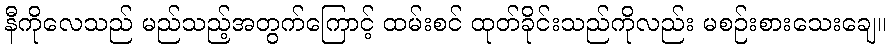
နီကိုလေသည် မည်သည့်အတွက်ကြောင့် ထမ်းစင် ထုတ်ခိုင်းသည်ကိုလည်း မစဉ်းစားသေးချေ။